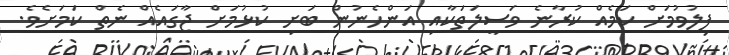
ފިލުވުމަށް ކަމެއް ކުރާނެ ވަސީލަތަކާއި އަންހެނުން ބަށި ކުޅުމަށް ޖާގައެއް ނެތް ކަމަށެވެ.